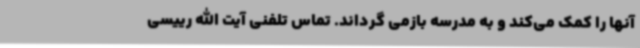
آنها را کمک می‌کند و به مدرسه بازمی گرداند. تماس تلفنی آیت الله رییسی